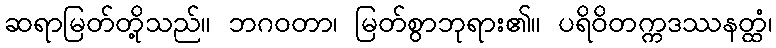
ဆရာမြတ်တို့သည်။ ဘဂဝတာ၊ မြတ်စွာဘုရား၏။ ပရိဝိတက္ကဒဿနတ္ထံ၊